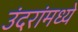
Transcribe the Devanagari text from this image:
उंदरांमध्ये